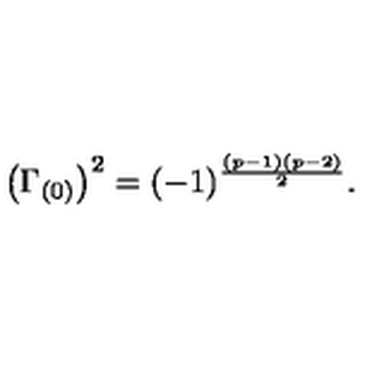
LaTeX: \left( \Gamma _ { ( 0 ) } \right) ^ { 2 } = ( - 1 ) ^ { { \frac { ( p - 1 ) ( p - 2 ) } { 2 } } } .